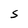
Character: S